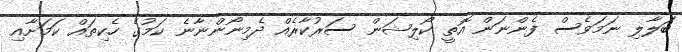
ބަލާލި ނަމަވެސް ފެންނަން އޮތީ ކޯލިޝަން ސަރުކާރެއް ދެމިނޯންނާނެ ކަމުގެ ހެކިތައް ކަމަށާއި